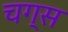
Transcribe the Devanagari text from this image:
चग्स